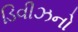
ડિવીઝનો